Veterinary regulations India, 1939 -
Year: 1939
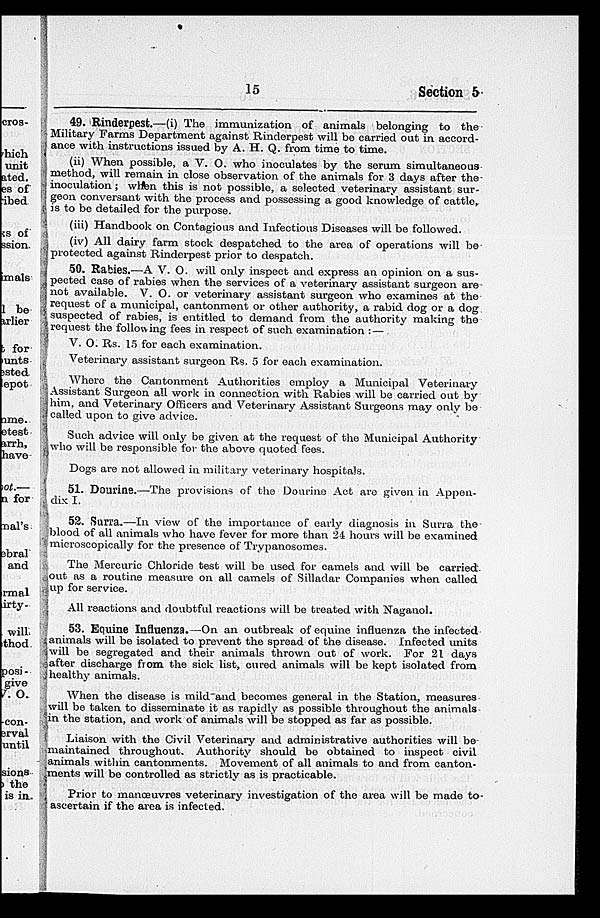
15
Section 5
49. Rinderpest.—(i) The immunization of animals belonging to the
Military Farms Department against Rinderpest will be carried out in accord-
ance with instructions issued by A. H. Q. from time to time.
(ii) When possible, a V. O. who inoculates by the serum simultaneous
method, will remain in close observation of the animals for 3 days after the
inoculation; when this is not possible, a selected veterinary assistant sur-
geon conversant with the process and possessing a good knowledge of cattle,
is to be detailed for the purpose.
(iii) Handbook on Contagions and Infectious Diseases will be followed.
(iv) All dairy farm stock despatched to the area of operations will be
protected against Rinderpest prior to despatch.
50. Rabies.—A V. O. will only inspect and express an opinion on a sus-
pected case of rabies when the services of a veterinary assistant surgeon are
not available. V. O. or veterinary assistant surgeon who examines at the
request of a municipal, cantonment or other authority, a rabid dog or a dog
suspected of rabies, is entitled to demand from the authority making the
request the following fees in respect of such examination :—
V. O. Rs. 15 for each examination.
Veterinary assistant surgeon Rs. 5 for each examination.
Where the Cantonment Authorities employ a Municipal Veterinary
Assistant Surgeon all work in connection with Rabies will be carried out by
him, and Veterinary Officers and Veterinary Assistant Surgeons may only be
called upon to give advice.
Such advice will only be given at the request of the Municipal Authority
who will be responsible for the above quoted fees.
Dogs are not allowed in military veterinary hospitals.
51. Dourine.—The provisions of the Dourine Act are given in Appen-
dix I.
52. Surra.—In view of the importance of early diagnosis in Surra the
blood of all animals who have fever for more than 24 hours will be examined
microscopically for the presence of Trypanosomes.
The Mercuric Chloride test will be used for camels and will be carried
out as a routine measure on all camels of Silladar Companies when called
up for service.
All reactions and doubtful reactions will be treated with Naganol.
53. Equine Influenza.—On an outbreak of equine influenza the infected
animals will be isolated to prevent the spread of the disease. Infected units
will be segregated and their animals thrown out of work. For 21 days
after discharge from the sick list, cured animals will be kept isolated from
healthy animals.
When the disease is mild and becomes general in the Station, measures
will be taken to disseminate it as rapidly as possible throughout the animals
in the station, and work of animals will be stopped as far as possible.
Liaison with the Civil Veterinary and administrative authorities will be
maintained throughout. Authority should be obtained to inspect civil
animals within cantonments. Movement of all animals to and from canton-
ments will be controlled as strictly as is practicable.
Prior to manœuvres veterinary investigation of the area will be made to
ascertain if the area is infected.